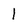
Character: 1